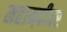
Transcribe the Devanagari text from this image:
महानदीवर